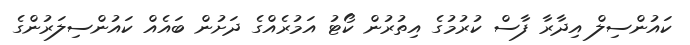
ކައުންސިލް އިދާރާ ފާސް ކުރުމުގެ އިތުރުން ކޯޓު އަމުރެއްގެ ދަށުން ބައެއް ކައުންސިލަރުންގެ